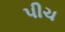
પીચ